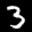
Label: 3